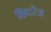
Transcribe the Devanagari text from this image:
किटरेज